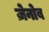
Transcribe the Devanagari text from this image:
ज़ेनोब